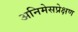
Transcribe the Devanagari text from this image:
अनिमेसप्रेक्षण